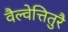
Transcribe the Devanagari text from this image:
वैल्वेत्तितुरै